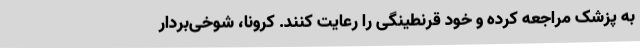
به پزشک مراجعه کرده و خود قرنطینگی را رعایت کنند. کرونا، شوخی‌بردار